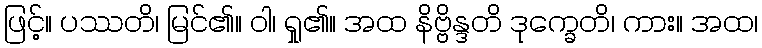
ဖြင့်။ ပဿတိ၊ မြင်၏။ ဝါ၊ ရှု၏။ အထ နိဗ္ဗိန္ဒတိ ဒုက္ခေတိ၊ ကား။ အထ၊